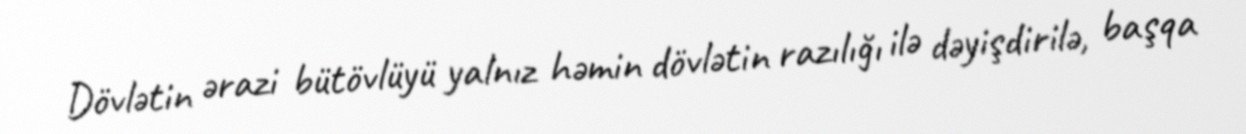
Dövlətin ərazi bütövlüyü yalnız həmin dövlətin razılığı ilə dəyişdirilə, başqa